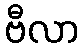
ဗီလာ